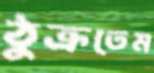
ঠুক্‌রতেম